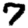
Digit: 7